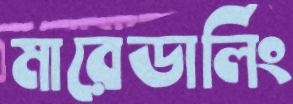
মারেডার্লিং